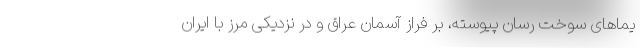
یماهای سوخت رسان پیوسته، بر فراز آسمان عراق و در نزدیکی مرز با ایران